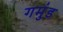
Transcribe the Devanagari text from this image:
गमुंड